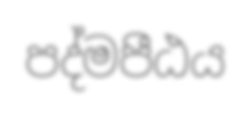
පද්මපීඨය